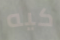
كيه